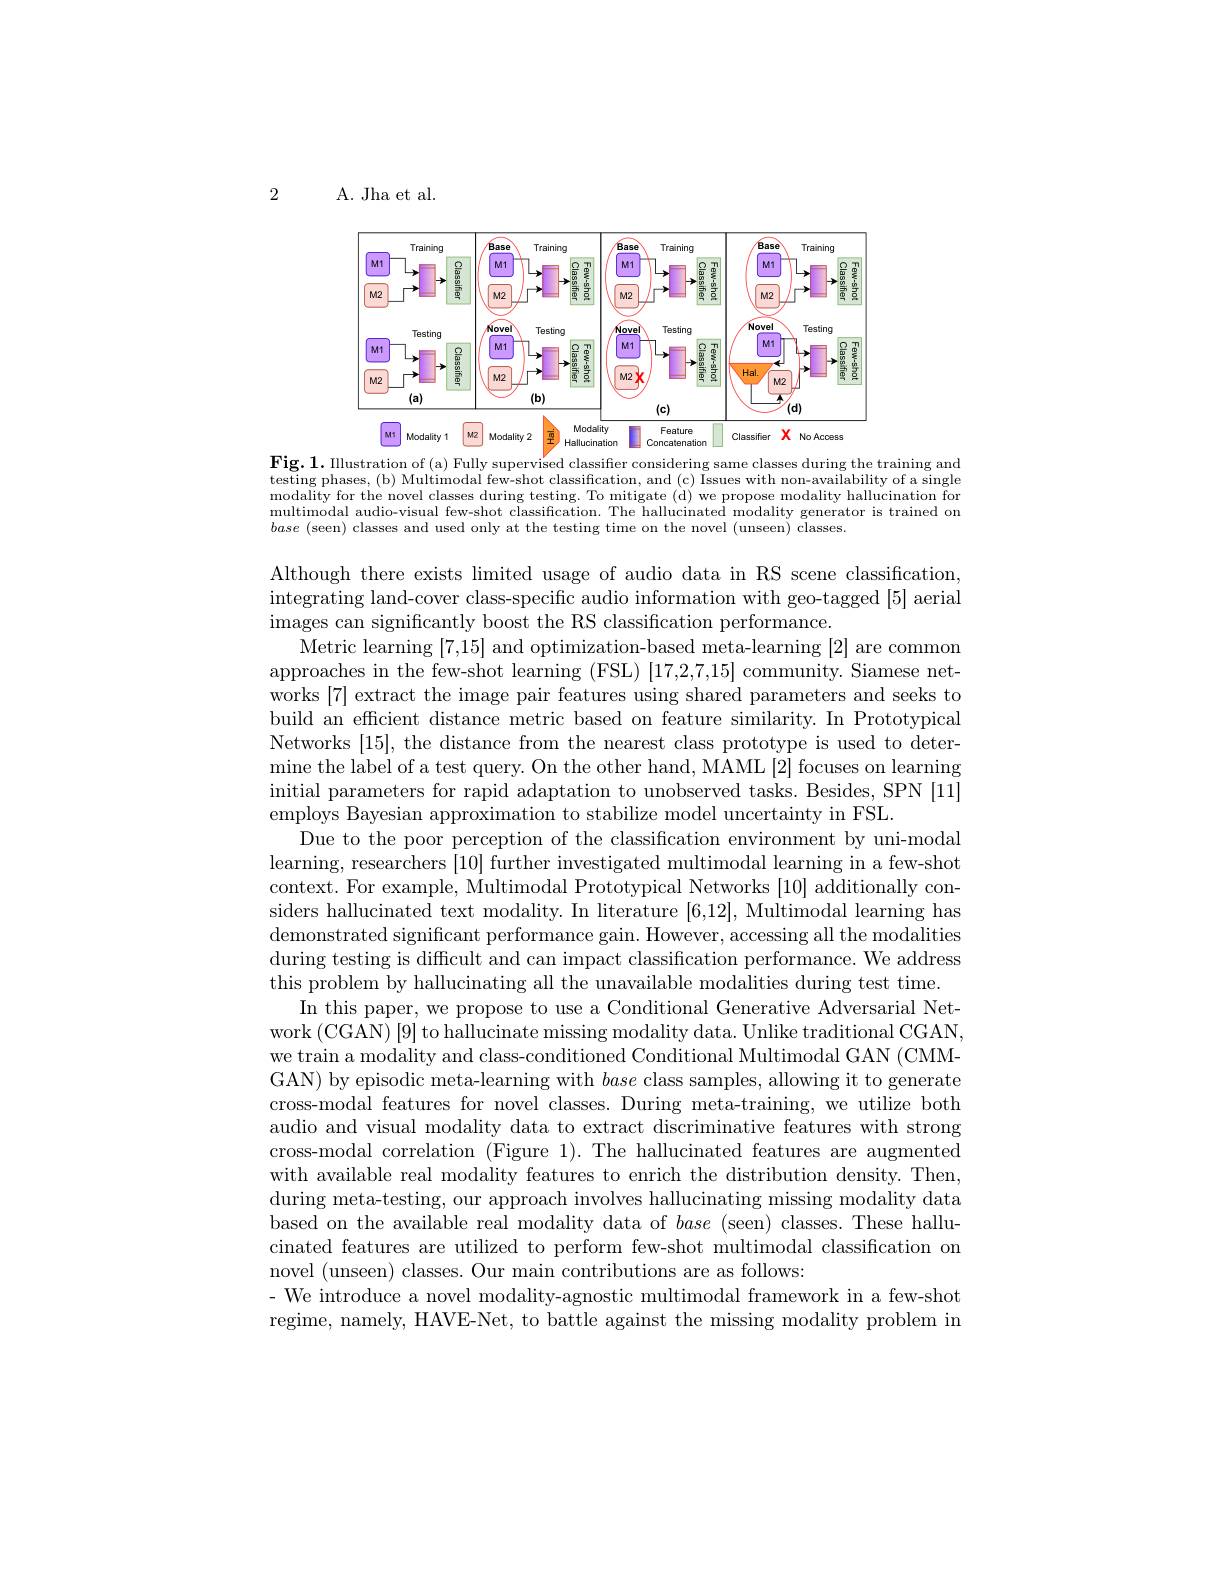
2

A. Jha et al.

<FigureHere>

$Fig.1.$
training and
testing phases, ( b) Multimodal few- shot classification, and ( c) $\bar{Issues with non- availability of a single}$ modality for the novel classes during testing. To mitigate (d) we propose modality hallucination for multimodal audio-visual few-shot classification. The hallucinated modality generator is trained on base (seen) classes and used only at the testing time on the novel (unseen) classes.

Although there exists limited usage of audio data in RS scene classification, integrating land-cover class-specific audio information with geo-tagged [5] aerial images can significantly boost the RS classification performance.
Metric learning [7,15] and optimization-based meta-learning [2] are common approaches in the few-shot learning (FSL) [17,2,7,15] community. Siamese networks [7] extract the image pair features using shared parameters and seeks to build an efficient distance metric based on feature similarity. In Prototypical Networks [15], the distance from the nearest class prototype is used to determine the label of a test query. On the other hand, MAML[2] focuses on learning initial parameters for rapid adaptation to unobserved tasks. Besides, SPN [11] $\dot{\text{employs Bayesian approximation to stabilize model uncertainty in FSL}}.$
Due to the poor perception of the classification environment by uni-modal learning, researchers [10] further investigated multimodal learning in a few-shot context. For example, Multimodal Prototypical Networks [10] additionally considers hallucinated text modality. In literature [6,12], Multimodal learning has demonstrated significant performance gain. However, accessing all the modalities during testing is difficult and can impact classification performance. We address this problem by hallucinating all the unavailable modalities during test time
In this paper, we propose to use a Conditional Generative Adversarial Network (CGAN)[9] to hallucinate missing modality data. Unlike traditional CGAN, we train a modality and class-conditioned Conditional Multimodal GAN (CMMGAN) by episodic meta-learning with base class samples, allowing it to generate cross-modal features for novel classes. During meta-training, we utilize both audio and visual modality data to extract discriminative features with strong cross-modal correlation (Figure 1).The hallucinated features are augmented with available real modality features to enrich the distribution density. Then, during meta-testing, our approach involves hallucinating missing modality data based on the available real modality data of base (seen) classes. These hallucinated features are utilized to perform few-shot multimodal classification on novel (unseen) classes. Our main contributions are as follows:
- We introduce a novel modality-agnostic multimodal framework in a few-shot regime, namely, HAVE-Net, to battle against the missing modality problem in